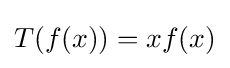
T(f(x))=xf(x)